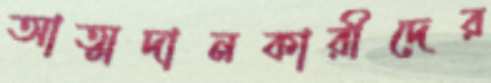
আত্মদানকারীদের